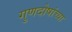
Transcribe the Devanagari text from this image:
गुणदोषांच्या